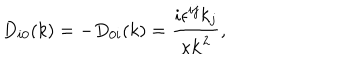
D _ { i 0 } ( k ) = - D _ { 0 i } ( k ) = \frac { i \epsilon ^ { i j } k _ { j } } { \kappa { \bf k } ^ { 2 } } ,